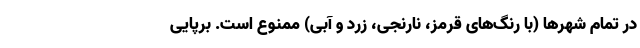
در تمام شهرها (با رنگ‌های قرمز، نارنجی، زرد و آبی) ممنوع است. برپایی